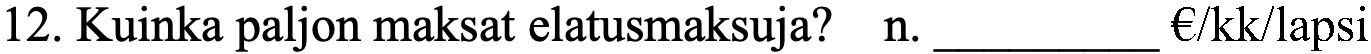
12. Kuinka paljon maksat elatusmaksuja? n. _________ €/kk/lapsi